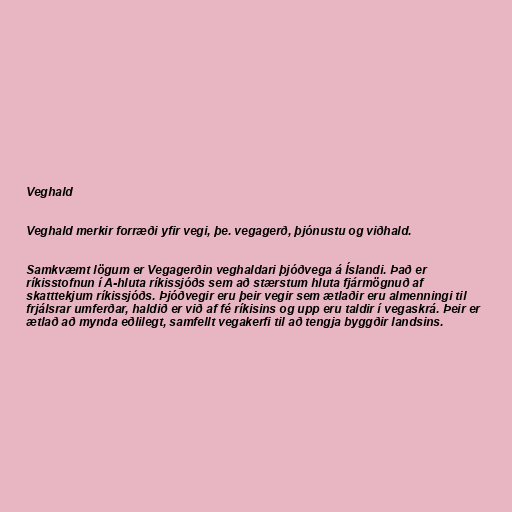
Veghald

Veghald merkir forræði yfir vegi, þe. vegagerð, þjónustu og viðhald.

Samkvæmt lögum er Vegagerðin veghaldari þjóðvega á Íslandi. Það er
ríkisstofnun í A-hluta ríkissjóðs sem að stærstum hluta fjármögnuð af
skatttekjum ríkissjóðs. Þjóðvegir eru þeir vegir sem ætlaðir eru almenningi til
frjálsrar umferðar, haldið er við af fé ríkisins og upp eru taldir í vegaskrá. Þeir er
ætlað að mynda eðlilegt, samfellt vegakerfi til að tengja byggðir landsins.